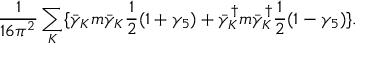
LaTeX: \frac { 1 } { 1 6 \pi ^ { 2 } } \sum _ { K } \{ \bar { \gamma } _ { K } m \bar { \gamma } _ { K } \frac { 1 } { 2 } ( 1 + \gamma _ { 5 } ) + \bar { \gamma } _ { K } ^ { \dagger } m \bar { \gamma } _ { K } ^ { \dagger } \frac { 1 } { 2 } ( 1 - \gamma _ { 5 } ) \} .